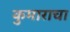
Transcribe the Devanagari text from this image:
कुमाराचा